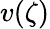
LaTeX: v(\zeta)